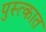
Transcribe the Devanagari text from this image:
पुस्त्कात